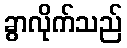
ခွာလိုက်သည်